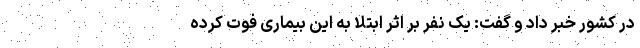
در کشور خبر داد و گفت: یک نفر بر اثر ابتلا به این بیماری فوت کرده